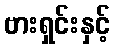
ဗားရှင်းနှင့်